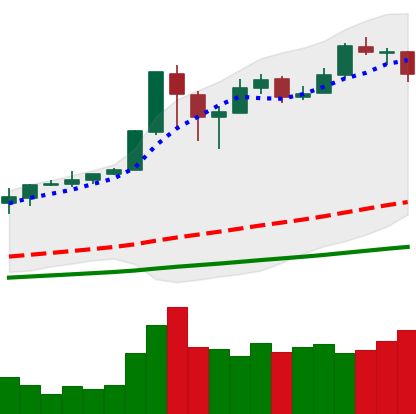
Ticker: BTC-USD
Chart end date: 2017-12-19
Forward return: -21.663%
Label: down_7plus